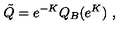
\tilde { Q } = e ^ { - K } Q _ { B } ( e ^ { K } ) \ ,